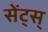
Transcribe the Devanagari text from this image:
सेंट्स्